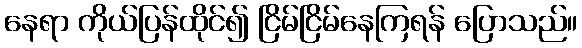
နေရာ ကိုယ်ပြန်ထိုင်၍ ငြိမ်ငြိမ်နေကြရန် ပြောသည်။